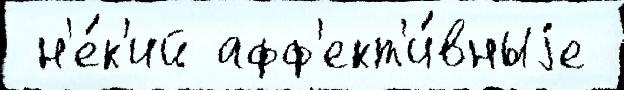
 н'е́к'ий афф'ект'и́вныjе